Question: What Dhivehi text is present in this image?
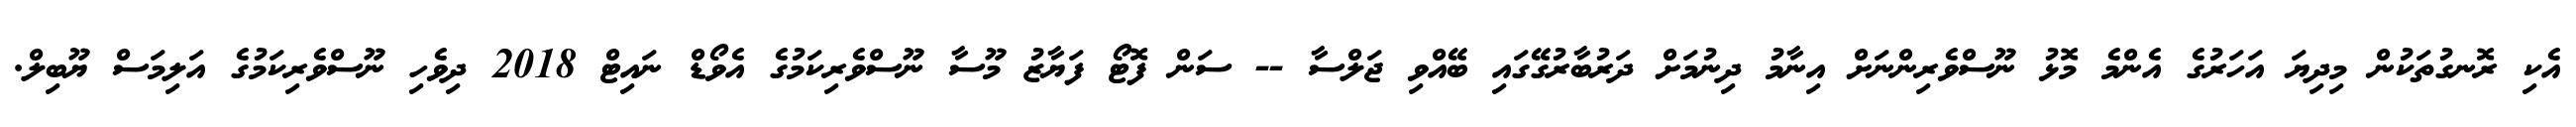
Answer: އެކި ރޮނގުތަކުން މިދިޔަ އަހަރުގެ އެންމެ މޮޅު ނޫސްވެރިންނަށް އިނާމު ދިނުމަށް ދަރުބާރުގޭގައި ބޭއްވި ޖަލްސާ -- ސަން ފޮޓޯ ފަޔާޒު މޫސާ ނޫސްވެރިކަމުގެ އެވޯޑް ނައިޓް 2018 ދިވެހި ނޫސްވެރިކަމުގެ އަލިމަސް ޔޫބިލް.